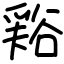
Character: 𧮾